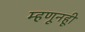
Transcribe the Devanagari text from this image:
म्हणूनहूी